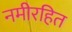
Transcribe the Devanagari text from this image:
नमीरहित